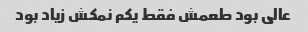
عالی بود طعمش فقط یکم نمکش زیاد بود